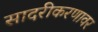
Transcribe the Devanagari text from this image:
सादरीकरणावर